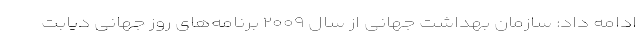
ادامه داد: سازمان بهداشت جهانی از سال ۲۰۰۹ برنامه‌های روز جهانی دیابت